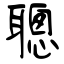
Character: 聰